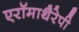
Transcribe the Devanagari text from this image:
एरॉमाथैरेपी